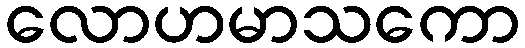
လောဟမာသကော